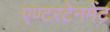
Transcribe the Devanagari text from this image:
एण्टरटेनमेंट